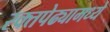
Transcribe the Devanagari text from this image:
रक्तपेढ्यामध्ये